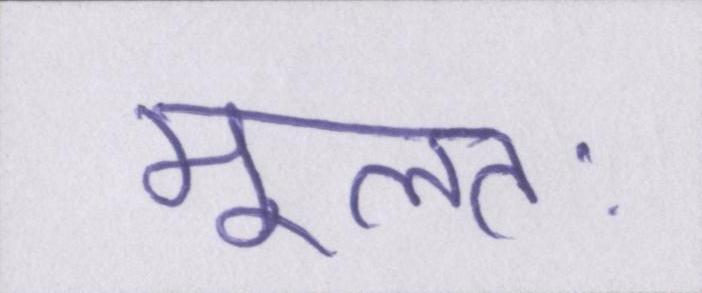
मूलतः